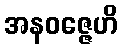
အနဝဇ္ဇေဟိ